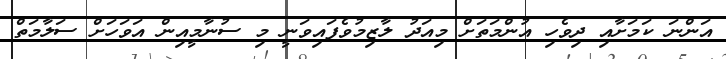
އަންނަ ކަމަށާއި ދިވެހި އުންމަތަށް މިއަދު ލާޒިމުވެފައިވަނީ މި ސުނާމީއިން އަވަހަށް ސަލާމަތް